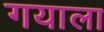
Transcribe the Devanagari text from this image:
गयाला